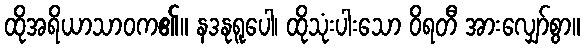
ထိုအရိယာသာဝက၏။ နဒနုရူပေါ၊ ထိုသုံးပါးသော ဝိရတီ အားလျှော်စွာ။